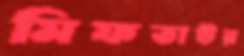
মিফতাউর